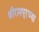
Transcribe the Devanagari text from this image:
श्रीरामपूरच्या